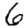
Digit: 6